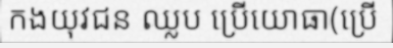
កងយុវជន ឈ្លប ប្រើយោធា(ប្រើ